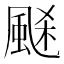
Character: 𩗉